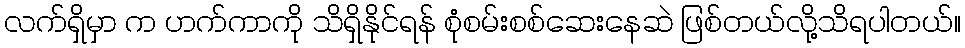
လက်ရှိမှာ က ဟက်ကာကို သိရှိနိုင်ရန် စုံစမ်းစစ်ဆေးနေဆဲ ဖြစ်တယ်လို့သိရပါတယ်။